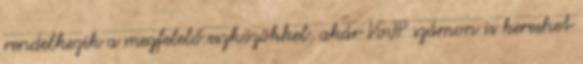
rendelkezik a megfelelő eszközökkel, akár VoIP számon is kereshet